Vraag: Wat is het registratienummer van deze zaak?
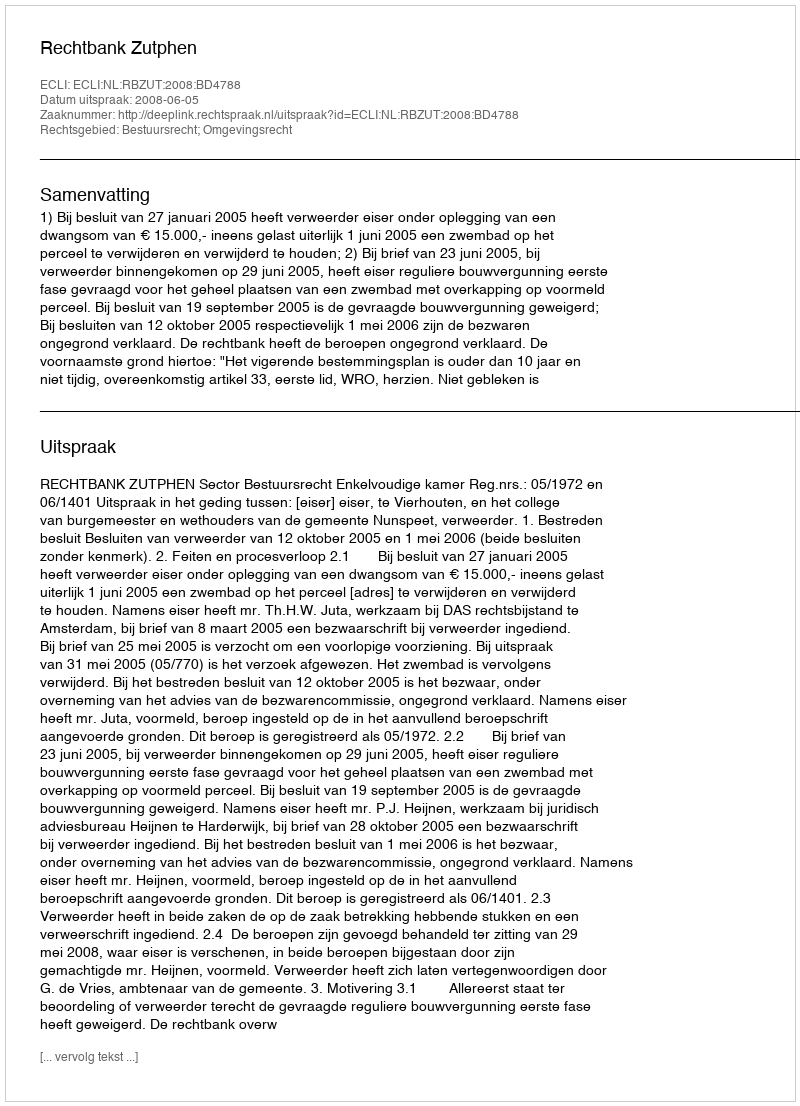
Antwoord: http://deeplink.rechtspraak.nl/uitspraak?id=ECLI:NL:RBZUT:2008:BD4788